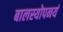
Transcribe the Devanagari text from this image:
बालस्योपनयं